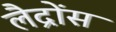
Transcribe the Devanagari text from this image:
लैद्रोंस